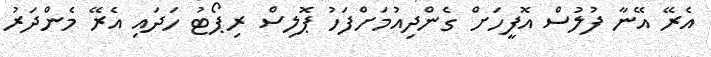
އެރޭ އޭނާ ފުލުސް އޮފީހަށް ގެންދިއުމަށްފަހު ޕޮލިސް ރިޕޯޓު ހަދައި އެރޭ މެންދަރު